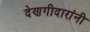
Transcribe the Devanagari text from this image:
देणगीदारांनी